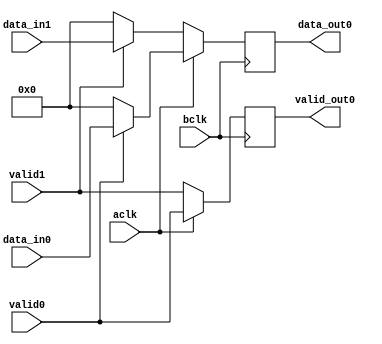
module muxL (
		input 		 aclk,
		input 		 bclk,
		input 		 valid0,
		input 		 valid1,
		input [7:0] 	 data_in0,
		input [7:0] 	 data_in1,		
		output reg 	 valid_out0,
		output reg [7:0] data_out0
		);


	//valid_out0 = 0;

   always @ (posedge bclk) begin


      if (aclk) begin
      	if (valid0) begin
      		data_out0 = data_in0;

      	end

      	else begin
      		data_out0 = 8'h00;
      	end

      	valid_out0 = valid0;
      end

      else begin

      	if (valid1) begin
      		data_out0 = data_in1;
      	end

      	else begin
      		data_out0 = 8'h00;
      	end

      	valid_out0 = valid1;

      end




   end // always @ (posedge 2clk)

endmodule // muxL2